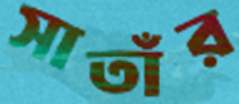
সাতাঁর